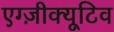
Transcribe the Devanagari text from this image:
एग्ज़ीक्यूटिव